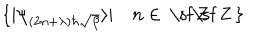
\{ \vert \psi _ { ( 2 n + \lambda ) \hbar \sqrt { \beta } } \rangle \vert \quad n \in { \: \mathrm { \sf ~ Z } \hspace { - 0 . 8 2 e m } \mathrm { \sf ~ Z } \, } \}